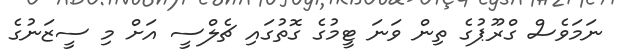
ނަމަވެސް ގްރޫޕުގެ ތިން ވަނަ ޓީމުގެ ގޮތުގައި ޗެލްސީ އަށް މި ސީޒަނުގެ